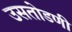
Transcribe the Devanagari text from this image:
उसतोडणी